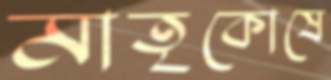
মাতৃকোষে